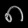
Digit: ၈